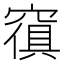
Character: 𱷒